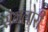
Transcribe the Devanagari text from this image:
सगलोरी